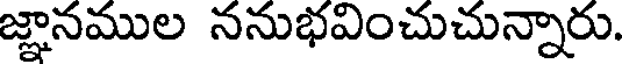
జ్ఞానముల ననుభవించుచున్నారు.